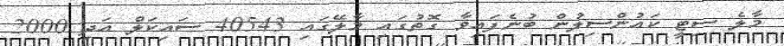
މާލެ ސިޓީ ކައުންސިލުން ބުނެފައިވާ ގޮތުގައި މާލޭގައި 40543 ސައިކަލް އަދި 2000